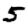
Digit: 5